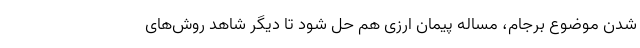
شدن موضوع برجام، مساله پیمان ارزی هم حل شود تا دیگر شاهد روش‌های